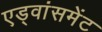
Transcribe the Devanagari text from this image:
एड्वांसमेंट